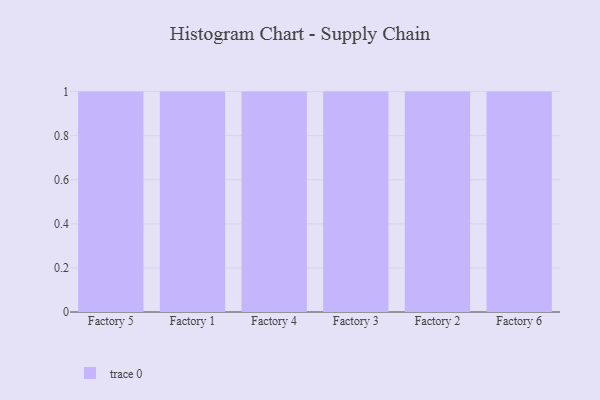
{"axis": {"x": "Factory", "y": "Revenue (USD Million)"}, "legend": [""], "data": [{"x": "Factory 5", "y": 67, "type": ""}, {"x": "Factory 1", "y": 13, "type": ""}, {"x": "Factory 4", "y": 43, "type": ""}, {"x": "Factory 3", "y": 53, "type": ""}, {"x": "Factory 2", "y": 60, "type": ""}, {"x": "Factory 6", "y": 72, "type": ""}]}